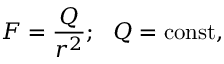
F = { \frac { Q } { r ^ { 2 } } } ; ~ ~ Q = \mathrm { c o n s t } ,